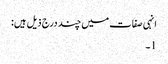
انہی صفات میں چند درج ذیل ہیں:
1۔